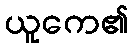
ယူကေ၏